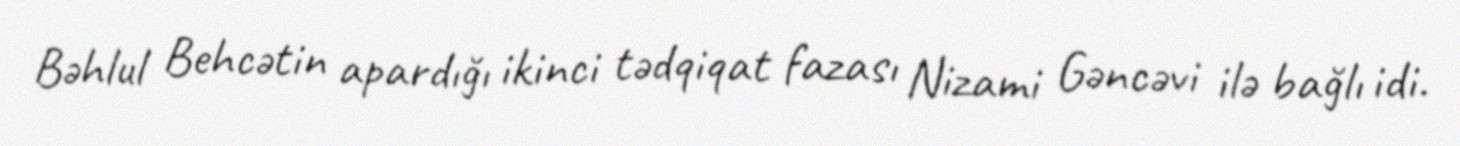
Bəhlul Behcətin apardığı ikinci tədqiqat fazası Nizami Gəncəvi ilə bağlı idi.